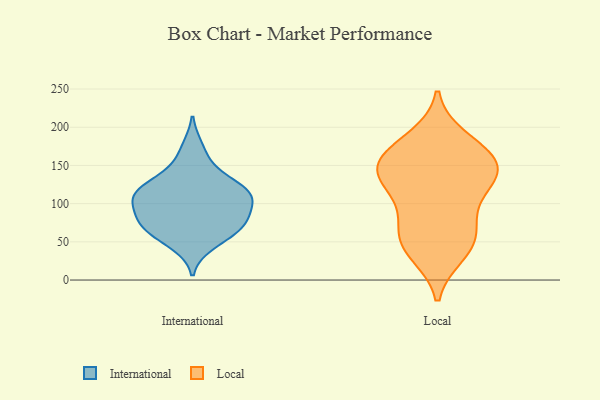
{"axis": {"x": "Website Visitors", "y": "Value"}, "legend": ["International", "Local"], "data": [{"x": "", "y": 73, "type": "International"}, {"x": "", "y": 115, "type": "International"}, {"x": "", "y": 149, "type": "International"}, {"x": "", "y": 109, "type": "International"}, {"x": "", "y": 72, "type": "International"}, {"x": "", "y": 131, "type": "International"}, {"x": "", "y": 46, "type": "International"}, {"x": "", "y": 174, "type": "International"}, {"x": "", "y": 115, "type": "International"}, {"x": "", "y": 100, "type": "International"}, {"x": "", "y": 85, "type": "International"}, {"x": "", "y": 112, "type": "International"}, {"x": "", "y": 121, "type": "International"}, {"x": "", "y": 97, "type": "International"}, {"x": "", "y": 55, "type": "International"}, {"x": "", "y": 72, "type": "International"}, {"x": "", "y": 71, "type": "International"}, {"x": "", "y": 137, "type": "Local"}, {"x": "", "y": 42, "type": "Local"}, {"x": "", "y": 122, "type": "Local"}, {"x": "", "y": 115, "type": "Local"}, {"x": "", "y": 152, "type": "Local"}, {"x": "", "y": 154, "type": "Local"}, {"x": "", "y": 186, "type": "Local"}, {"x": "", "y": 71, "type": "Local"}, {"x": "", "y": 41, "type": "Local"}, {"x": "", "y": 153, "type": "Local"}, {"x": "", "y": 64, "type": "Local"}, {"x": "", "y": 148, "type": "Local"}, {"x": "", "y": 120, "type": "Local"}, {"x": "", "y": 181, "type": "Local"}, {"x": "", "y": 34, "type": "Local"}, {"x": "", "y": 76, "type": "Local"}, {"x": "", "y": 159, "type": "Local"}]}